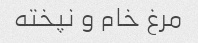
مرغ خام و نپخته